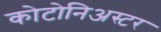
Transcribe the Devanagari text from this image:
कोटोनिअस्टर